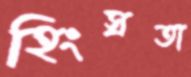
হিংস্রতা